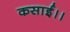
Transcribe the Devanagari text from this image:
कसाई।।